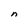
Character: n